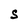
Character: S